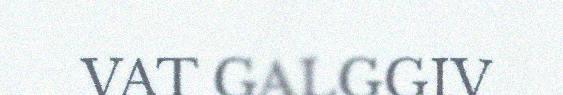
VAT GALGGIV